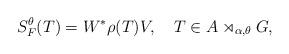
LaTeX: \begin{align*}S_F^{\theta}(T) = W^*\rho(T) V, \ \ \ T\in A\rtimes_{\alpha,\theta} G,\end{align*}